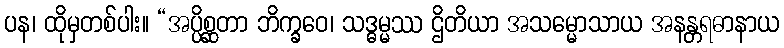
ပန၊ ထိုမှတစ်ပါး။ “အပ္ပိစ္ဆတာ ဘိက္ခဝေ၊ သဒ္ဓမ္မဿ ဌိတိယာ အသမ္မောသာယ အနန္တရဓာနာယ